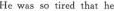
He was so tired that he